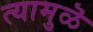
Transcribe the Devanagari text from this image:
त्यामुळॆ